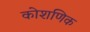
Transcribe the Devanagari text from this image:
कोशणिक